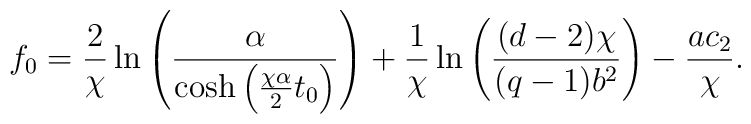
f_0 = \frac2{\chi} \ln \left( \frac{\alpha}{\cosh \left( {\chi\alpha \over 2} t_0 \right)} \right) + \frac1{\chi} \ln \left( {(d-2) \chi \over (q-1) b^2 } \right) - {a c_2\over \chi}.